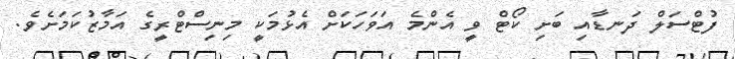
ފުޓްސަލް ދަނޑާއި ބަށި ކޯޓް ވީ އެންމެ އަވަހަކަށް އެޅުމަކީ މިނިސްޓްރީގެ އަމާޒުކަމަށެވެ.